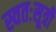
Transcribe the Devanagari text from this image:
स्वतःसूत्री